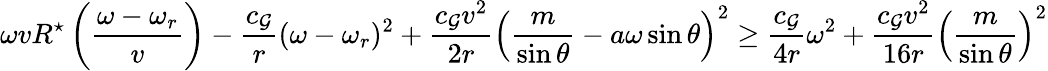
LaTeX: \omega vR^{\star}\left(\frac{\omega-\omega_{r}}{v}\right)-\frac{c_{\mathcal{G}}}{r}(\omega-\omega_{r})^{2}+\frac{c_{\mathcal{G}}v^{2}}{2r}\left(\frac{m}{\sin\theta}-a\omega\sin\theta\right)^{2}\geq\frac{c_{\mathcal{G}}}{4r}\omega^{2}+\frac{c_{\mathcal{G}}v^{2}}{16r}\left(\frac{m}{\sin\theta}\right)^{2}